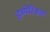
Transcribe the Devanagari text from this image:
इम्पेरिअल